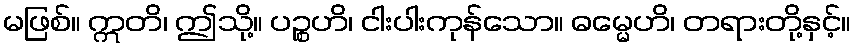
မဖြစ်။ ဣတိ၊ ဤသို့။ ပဉ္စဟိ၊ ငါးပါးကုန်သော။ ဓမ္မေဟိ၊ တရားတို့နှင့်။